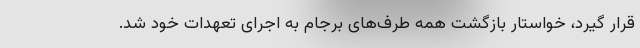
قرار گیرد، خواستار بازگشت همه طرف‌های برجام به اجرای تعهدات خود شد.